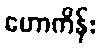
ဟောကိန်း